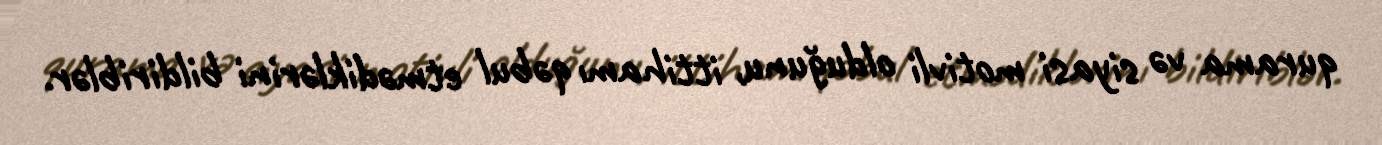
qurama və siyasi motivli olduğunu, ittihamı qəbul etmədiklərini bildiriblər.